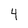
Character: 4